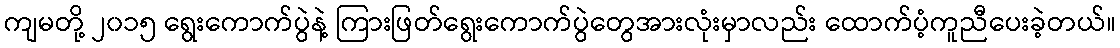
ကျမတို့ ၂၀၁၅ ရွေးကောက်ပွဲနဲ့ ကြားဖြတ်ရွေးကောက်ပွဲတွေအားလုံးမှာလည်း ထောက်ပံ့ကူညီပေးခဲ့တယ်။